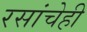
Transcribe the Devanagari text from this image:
रसांचेही